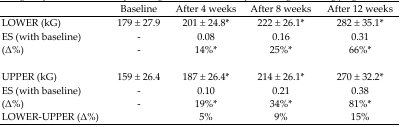
<table><thead><tr><td></td><td><b>Baseline</b></td><td><b>After 4 weeks</b></td><td><b>After 8 weeks</b></td><td><b>After 12 weeks</b></td></tr></thead><tbody><tr><td>LOWER (kG)</td><td>179 ± 27.9</td><td>201 ± 24.8*</td><td>222 ± 26.1*</td><td>282 ± 35.1*</td></tr><tr><td>ES (with baseline)</td><td>-</td><td>0.08</td><td>0.16</td><td>0.31</td></tr><tr><td>(Δ%)</td><td>-</td><td>14%*</td><td>25%*</td><td>66%*</td></tr><tr><td>UPPER (kG)</td><td>159 ± 26.4</td><td>187 ± 26.4*</td><td>214 ± 26.1*</td><td>270 ± 32.2*</td></tr><tr><td>ES (with baseline)</td><td>-</td><td>0.10</td><td>0.21</td><td>0.38</td></tr><tr><td>(Δ%)</td><td>-</td><td>19%*</td><td>34%*</td><td>81%*</td></tr><tr><td>LOWER-UPPER (Δ%)</td><td></td><td>5%</td><td>9%</td><td>15%</td></tr></tbody></table>